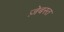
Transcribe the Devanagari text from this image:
ज़ेबस्त